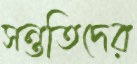
সন্ততিদের